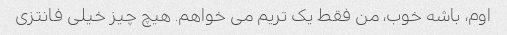
اوم، باشه خوب، من فقط یک تریم می خواهم. هیچ چیز خیلی فانتزی